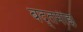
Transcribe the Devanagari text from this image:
बद्तमीझ